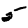
Digit: 5